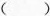
()